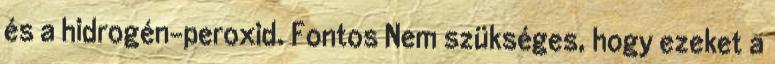
és a hidrogén-peroxid. Fontos Nem szükséges, hogy ezeket a